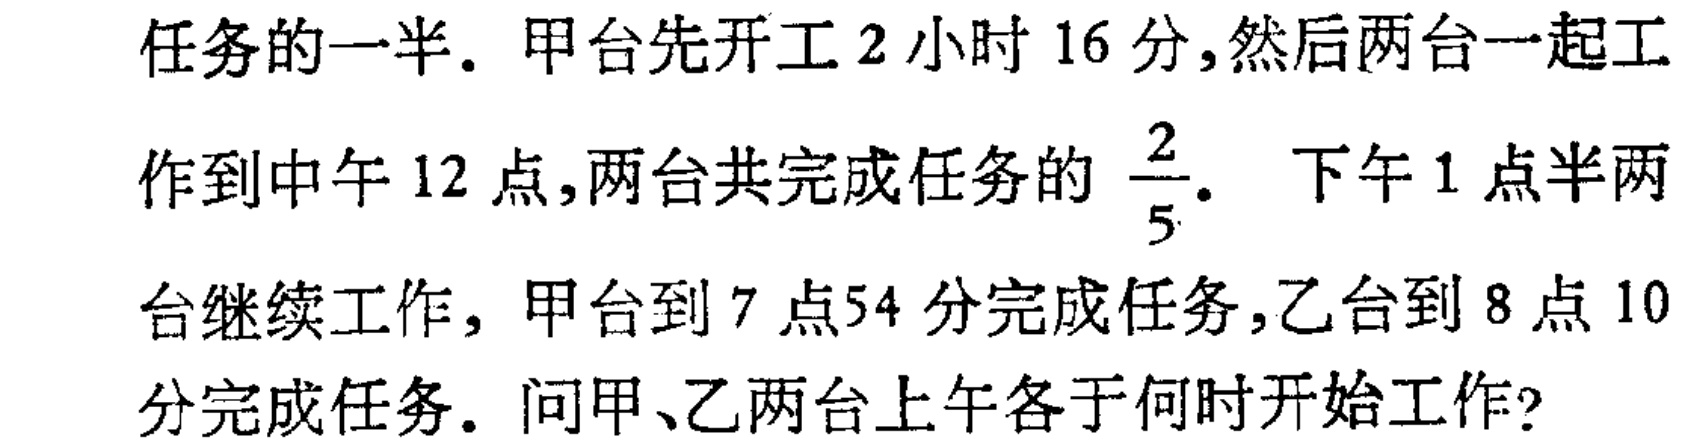
任务的一半. 甲台先开工$2$小时$16$分,然后两台一起工
作到中午$12$点,两台共完成任务的$\frac{2}{5}$. 下午$1$点半两
台继续工作, 甲台到$7$点$54$分完成任务,乙台到$8$点$10$
分完成任务. 问甲、乙两台上午各于何时开始工作?